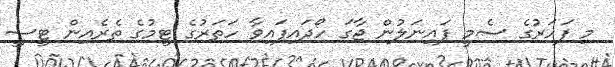
މި ފަހަރުގެ ސެމީ ފައިނަލުން ޖާގަ ހޯދައިފައިވާ ހަތަރުގެ ޓީމުގެ ތެރެއިން ޓީސީ